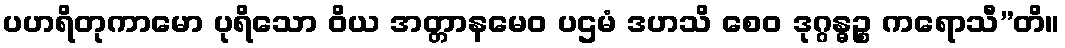
ပဟရိတုကာမော ပုရိသော ဝိယ အတ္တာနမေဝ ပဌမံ ဒဟသိ စေဝ ဒုဂ္ဂန္ဓဉ္စ ကရောသီ”တိ။